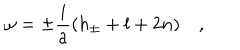
\omega = \pm \frac { i } { a } ( h _ { \pm } + l + 2 n ) \quad ,